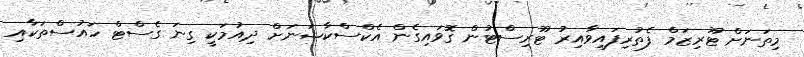
މިތަނަށް ޓޫރިޒަމް ފެތުރިފައިވާއިރު ޓޫރިސްޓުން ގޮވައިގެން އެކްސްކާޝަނަށް ދިއުމަކީ ގިނަ ގެސްޓް ހައުސްތަކާއި